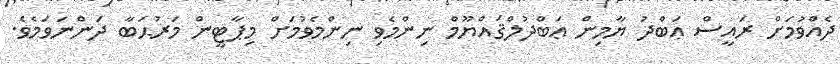
ދެއްވުމަށް ރައީސް ޢަބްދު ޔާމިން ޢަބްދުލްޤައްޔޫމް ނިންމެވި ނިންމެވުމަށް މިޕާޓީން މަރުޙަބާ ދަންނަވަމެވެ.